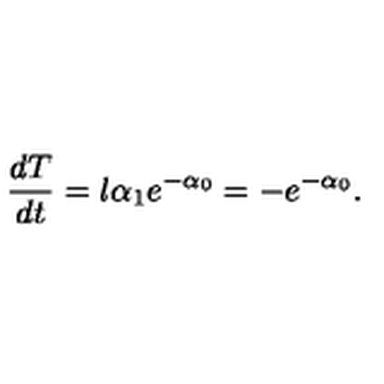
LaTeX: \frac { d T } { d t } = l \alpha _ { 1 } e ^ { - \alpha _ { 0 } } = - e ^ { - \alpha _ { 0 } } .